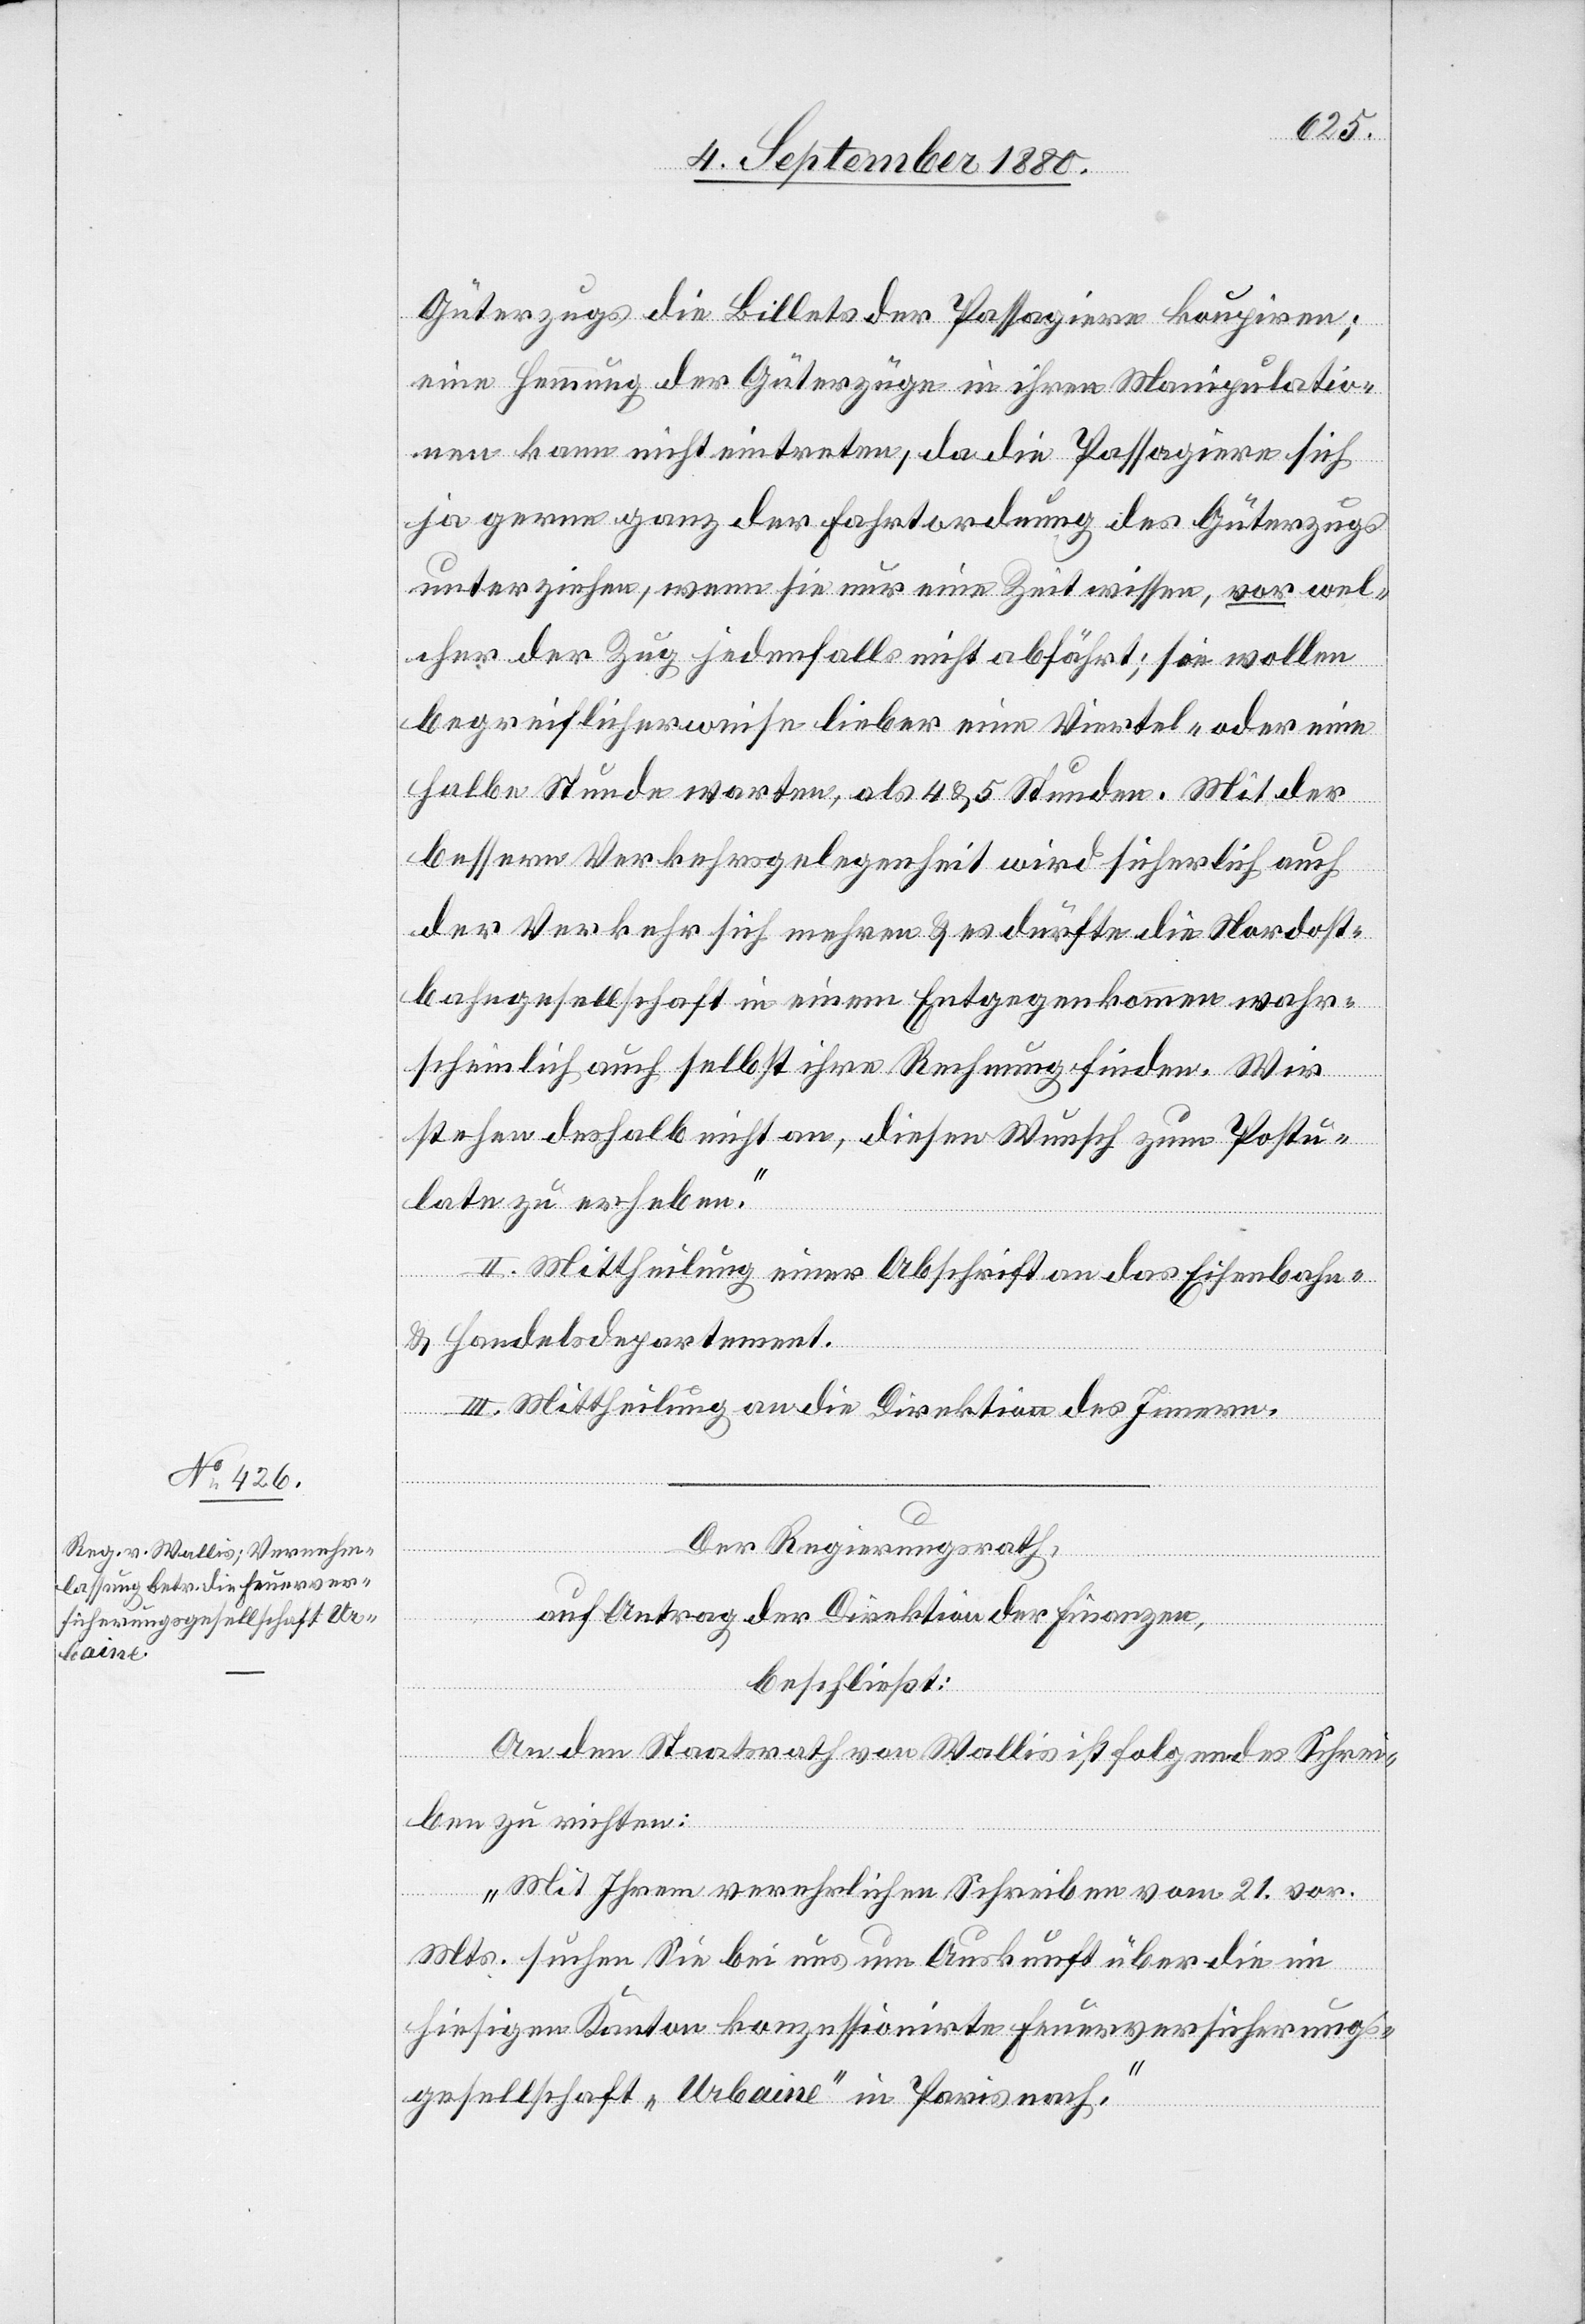
Güterzugs die Billets der Passagiere koupiren;
eine Hemmung der Güterzüge in ihren Manipulatio¬
nen kann nicht eintreten, da die Passagiere sich
unterziehen, wenn sie nur eine Zeit wissen, vor wel¬
cher der Zug jedenfalls nicht abfährt; sie wollen
begreiflicherweise lieber eine Viertel- oder eine
halbe Stunde warten, als 4 & 5 Stunden. Mit der
bessern Verkehrsgelegenheit wird sicherlich auch
der Verkehr sich mehren & es dürfte die Nordost¬
bahngesellschaft in einem Entgegenkommen wahr¬
scheinlich auch selbst ihre Rechnung finden. Wir
stehen deshalb nicht an, diesen Wunsch zum Postu¬
late zu erheben.“
II. Mittheilung einer Abschrift an das Eisenbahn-
& Handelsdepartement.
III. Mittheilung an die Direktion des Innern.
Der Regierungsrath,
auf Antrag der Direktion der Finanzen,
beschließt:
An den Staatsrath von Wallis ist folgendes Schrei¬
ben zu richten:
„Mit Ihrem verehrlichen Schreiben vom 21. vor.
Mts. suchen Sie bei uns um Auskunft über die im
hiesigen Kanton konzessionirte Feuerversicherungs¬
gesellschaft „Urbaine“ in Paris nach.